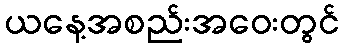
ယနေ့အစည်းအဝေးတွင်